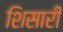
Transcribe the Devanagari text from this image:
शिसारी